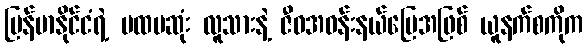
မြန်မာနိုင်ငံရဲ့ ပထမဆုံး လူသားနဲ့ ဇီဝအဝန်းနယ်မြေအဖြစ် ယူနက်စကိုက